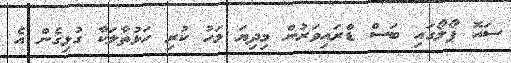
ސައޮ ޕޯލޯގައި ބަސް ޑްރައިވަރުން މިދިޔަ މަހު ކުރި ހަޅުތާލަކާ ގުޅިގެން އެ